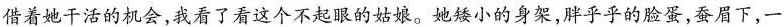
借着她干活的机会，我看了看这个不起眼的姑娘。她矮小的身架，胖乎乎的脸蛋，蚕眉下，一